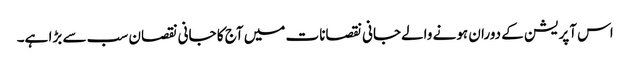
اس آپریشن کے دوران ہونے والےجانی نقصانات میں آج کا جانی نقصان سب سے بڑا ہے۔